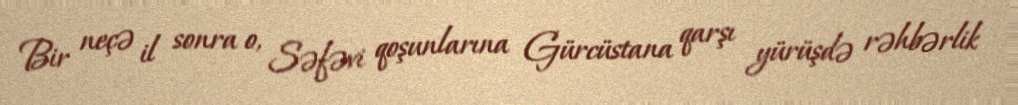
Bir neçə il sonra o, Səfəvi qoşunlarına Gürcüstana qarşı yürüşdə rəhbərlik